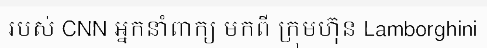
របស់ CNN អ្នកនាំពាក្យ មកពី ក្រុមហ៊ុន Lamborghini